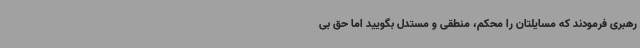
رهبری فرمودند که مسایلتان را محکم، منطقی و مستدل بگویید اما حق بی